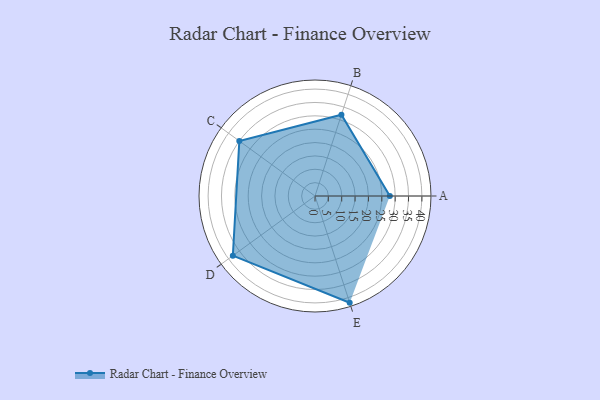
{"axis": {"x": "Skill", "y": "Score"}, "legend": ["Profile"], "data": [{"x": "A", "y": 28.0, "type": "Profile"}, {"x": "B", "y": 32.0, "type": "Profile"}, {"x": "C", "y": 35.0, "type": "Profile"}, {"x": "D", "y": 38.0, "type": "Profile"}, {"x": "E", "y": 42.0, "type": "Profile"}]}